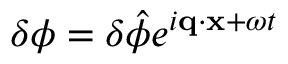
\delta \phi = \delta \hat { \phi } e ^ { i \mathbf { q } \cdot \mathbf { x } + \omega t }